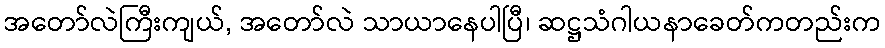
အတော်လဲကြီးကျယ်, အတော်လဲ သာယာနေပါပြီ၊ ဆဋ္ဌသံဂါယနာခေတ်ကတည်းက